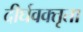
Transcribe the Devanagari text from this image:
दीर्घवक्तृता